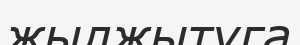
жылжытуга